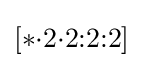
[*{\cdot }2{\cdot }2{:}2{:}2]